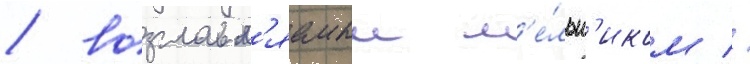
/ возглавл'яемыи м'е́льн'иком //